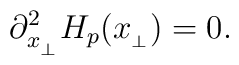
\partial_{x_{_\perp}}^2 H_p(x_{_\perp})=0.